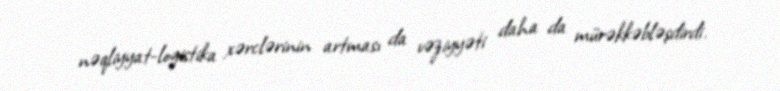
nəqliyyat-logistika xərclərinin artması da vəziyyəti daha da mürəkkəbləşdirdi.